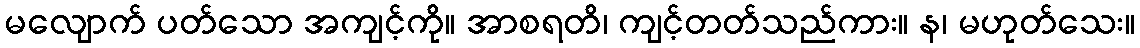
မလျောက် ပတ်သော အကျင့်ကို။ အာစရတိ၊ ကျင့်တတ်သည်ကား။ န၊ မဟုတ်သေး။